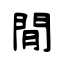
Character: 閒